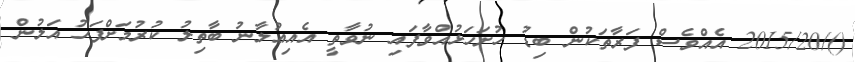
()/2015/20 އެއްވެސް ފަރާތަކުން ބިޑު ހުށަހަޅުއްވާފައި ނުވާތީ އެއިޢުލާނު ބާތިލު ކުރުމަށްފަހު އަލުން